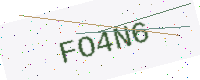
Text: FO4N6